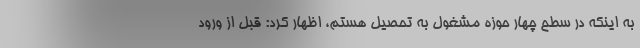
به اینکه در سطح چهار حوزه مشغول به تحصیل هستم، اظهار کرد: قبل از ورود